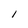
Character: 1